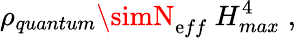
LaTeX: \rho_{quantum}\simN_{\mathrm{e}ff}~H_{max}^{4}\; ,